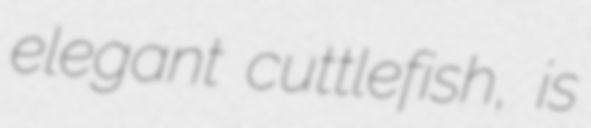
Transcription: elegant cuttlefish, is